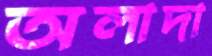
অলাদা